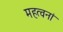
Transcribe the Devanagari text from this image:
महत्वनां